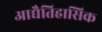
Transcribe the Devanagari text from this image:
आद्यैतिहासिक